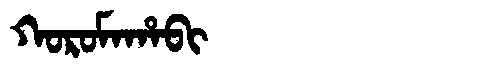
Manchu: ᡴᠣᡵᠣᠮᠠᡥᠠᠪᡳ
Romanization: KOROMAHABI